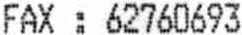
FAX : 62760693